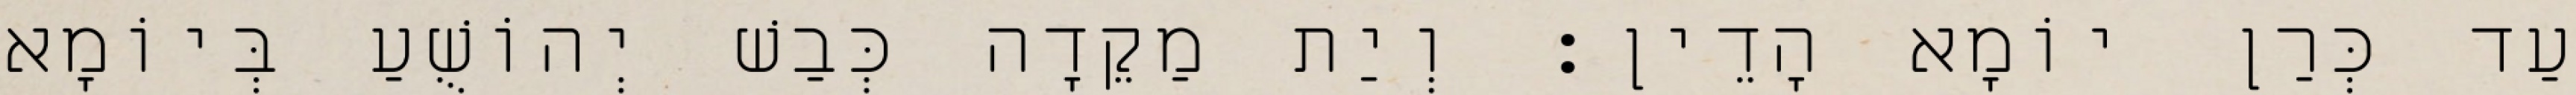
עַד כְּרַן יוֹמָא הָדֵין׃ וְיַת מַקֵדָה כְּבַשׁ יְהוֹשֻׁעַ בְּיוֹמָא